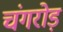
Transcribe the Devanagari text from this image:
चंगरोड़